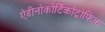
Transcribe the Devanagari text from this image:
ऐडीनोकोर्टिकोट्रोफिक